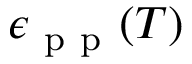
\epsilon _ { \mathrm { ~ p ~ p ~ } } ( T )